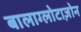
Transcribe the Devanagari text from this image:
बालाग्लोटाज़ोन